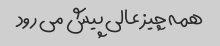
همه چیز عالی پیش می رود